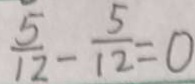
\frac { 5 } { 1 2 } - \frac { 5 } { 1 2 } = 0